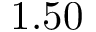
1 . 5 0